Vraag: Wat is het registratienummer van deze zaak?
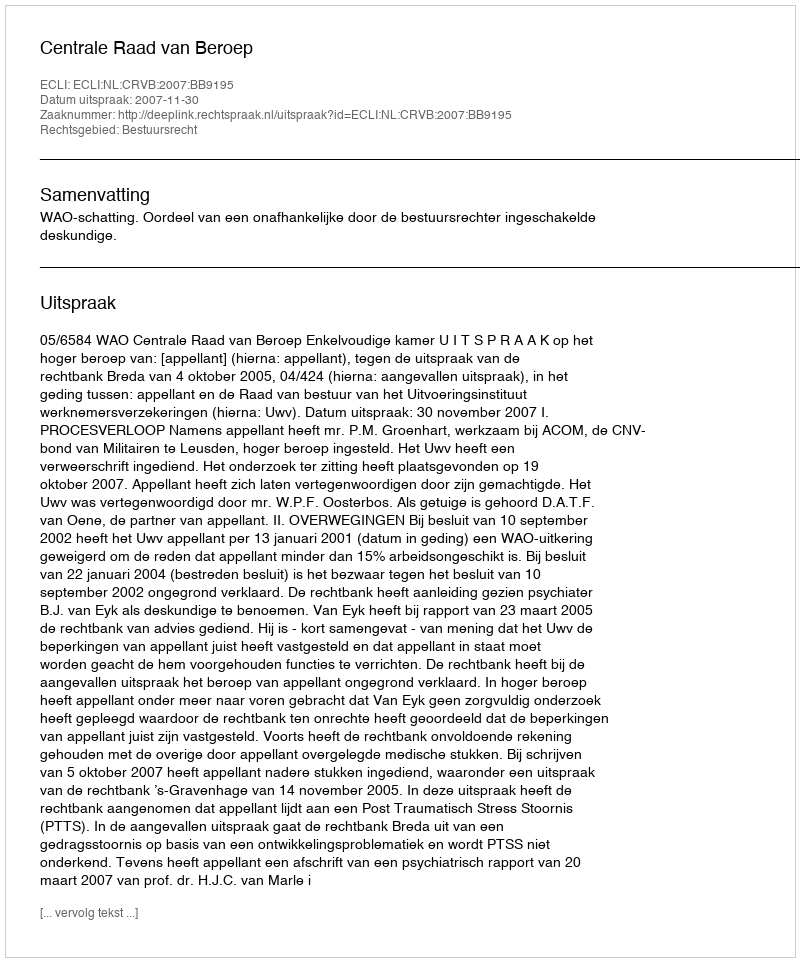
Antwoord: http://deeplink.rechtspraak.nl/uitspraak?id=ECLI:NL:CRVB:2007:BB9195